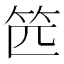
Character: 𰩰